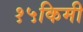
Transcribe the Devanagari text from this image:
१५किमी